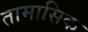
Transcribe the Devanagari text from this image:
तामासिक